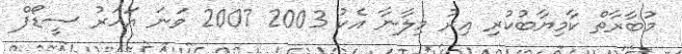
މުބާރާތް ކާމިޔާބުކުރި އިރު މިލާނާ އެކު 2003 2007 ވަނަ އަހަރު ސީޑޯފް